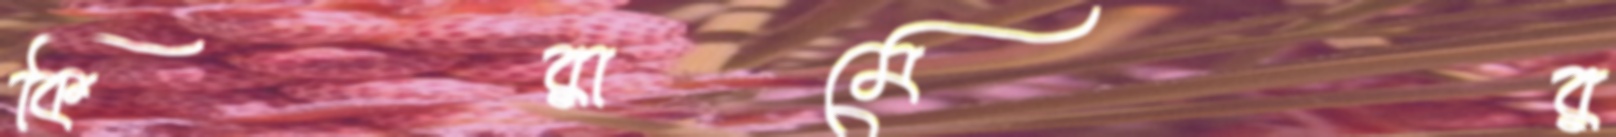
কিরামের